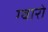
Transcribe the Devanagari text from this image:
ग्वारो